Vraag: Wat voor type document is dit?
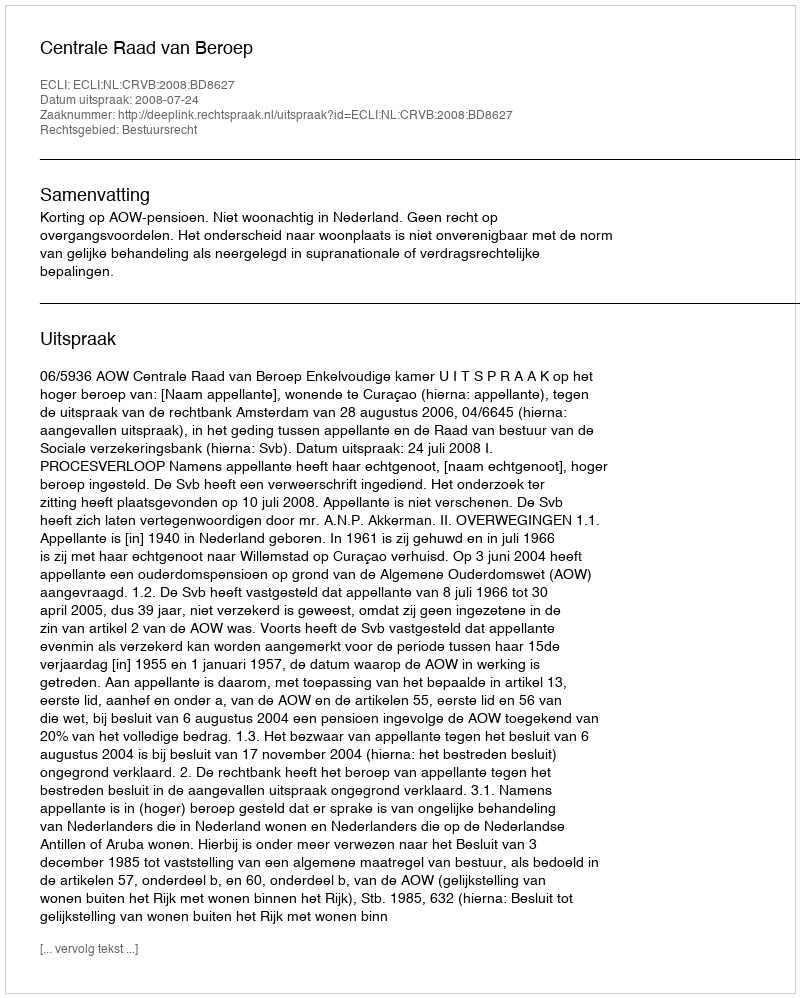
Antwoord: Uitspraak